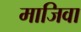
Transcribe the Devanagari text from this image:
माजिवा